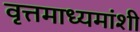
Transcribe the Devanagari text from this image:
वृत्तमाध्यमांशी